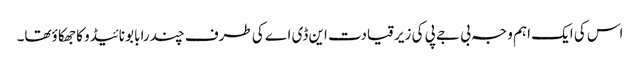
اس کی ایک اہم وجہ بی جے پی کی زیرقیادت این ڈی اے کی طرف چندرابابو نائیڈو کا جھکا ؤتھا۔